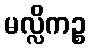
မလ္လိကဉ္စ